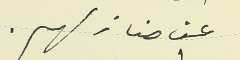
عن منازلهم.